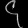
Digit: ၄